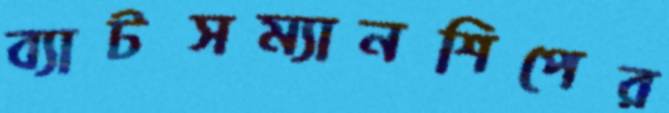
ব্যাটসম্যানশিপের